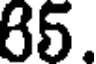
85.